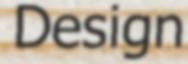
Design